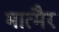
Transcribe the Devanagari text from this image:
मात्मैर